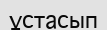
ұстасып